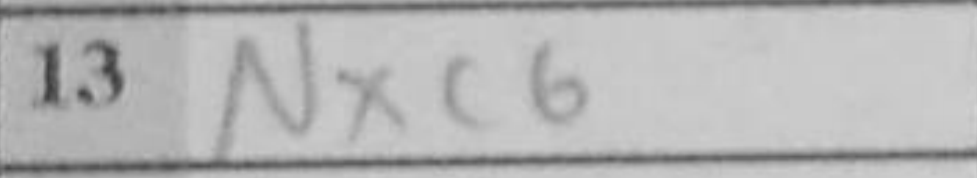
Transcription: Nxc6